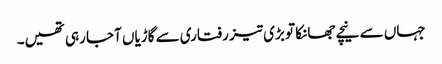
جہاں سے نیچے جھانکا تو بڑی تیز رفتاری سے گاڑیاں آجا رہی تھیں۔